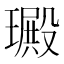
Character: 𤩴